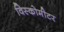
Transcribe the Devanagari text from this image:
विस्कोमीटर